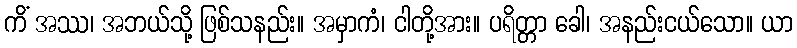
ကိံ အဿ၊ အဘယ်သို့ ဖြစ်သနည်း။ အမှာကံ၊ ငါတို့အား။ ပရိတ္တာ ခေါ၊ အနည်းငယ်သော။ ယာ